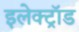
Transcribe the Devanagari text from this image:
इलेक्ट्रॉड